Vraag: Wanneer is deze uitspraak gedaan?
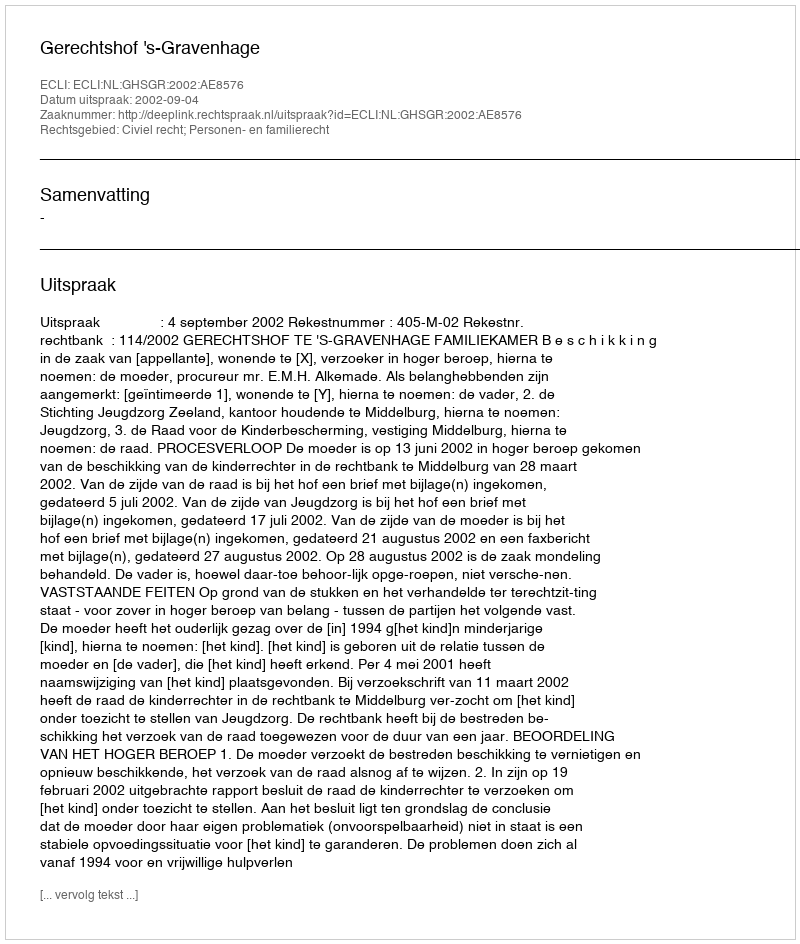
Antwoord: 2002-09-04